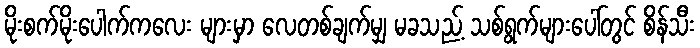
မိုးစက်မိုးပေါက်ကလေး များမှာ လေတစ်ချက်မျှ မခသည့် သစ်ရွက်များပေါ်တွင် စိန်သီး